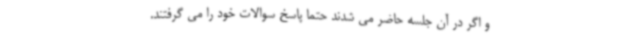
و اگر در آن جلسه حاضر می شدند حتما پاسخ سوالات خود را می گرفتند.